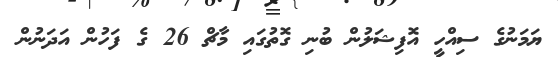
ޔަމަނުގެ ސިއްހީ އޮފިޝަލުން ބުނި ގޮތުގައި މާޗް 26 ގެ ފަހުން އަދަނުން